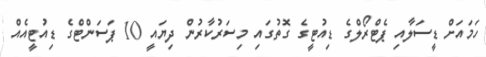
ހަމައަށް ޑީސަލާއި ޕެޓްރޯލްގެ ޑިއުޓީގެ ގޮތުގައި މިސަރުކާރުން ދިޔައީ 10 ޕަސަންޓްގެ ޑިއުޓީއެއް